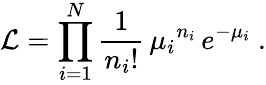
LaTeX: {\cal L}=\displaystyle\prod_{i=1}^{N}\frac{1}{n_{i}!}\, {\mu_{i}}^{n_{i}}\, e^{-\mu_{i}}\ .